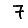
Digit: 7